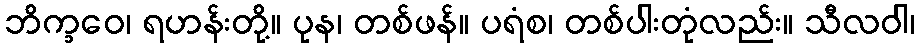
ဘိက္ခဝေ၊ ရဟန်းတို့။ ပုန၊ တစ်ဖန်။ ပရံစ၊ တစ်ပါးတုံလည်း။ သီလဝါ၊